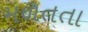
મળતતા